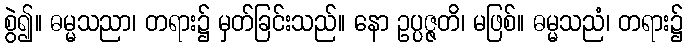
စွဲ၍။ ဓမ္မသညာ၊ တရား၌ မှတ်ခြင်းသည်။ နော ဥပ္ပဇ္ဇတိ၊ မဖြစ်။ ဓမ္မသညံ၊ တရား၌